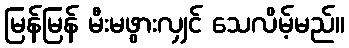
မြန်မြန် မီးမဖွားလျှင် သေလိမ့်မည်။